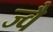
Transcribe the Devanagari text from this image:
ज्‍वै